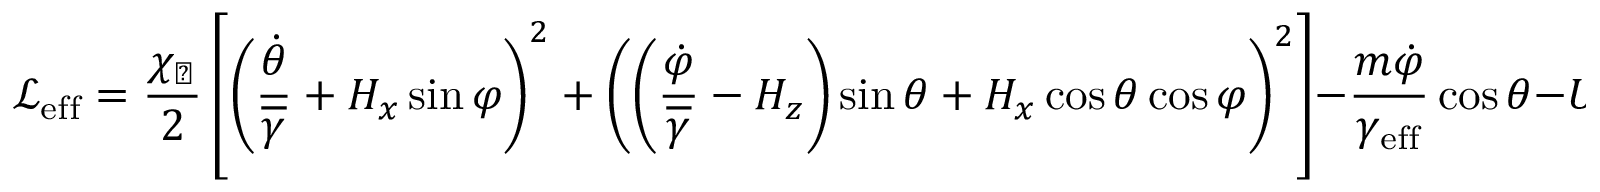
\mathcal { L } _ { \mathrm { e f f } } = \frac { \chi _ { \perp } } { 2 } \left[ \left( \frac { \dot { \theta } } { \overline { { \gamma } } } + H _ { x } \sin \varphi \right) ^ { 2 } + \left( \left( \frac { \dot { \varphi } } { \overline { \gamma } } - H _ { z } \right) \sin \theta + H _ { x } \cos \theta \cos \varphi \right) ^ { 2 } \right] - \frac { m \dot { \varphi } } { \gamma _ { \mathrm { e f f } } } \cos \theta - U ( \theta , \varphi ) + \bar { f } ( \theta , \varphi ) ,